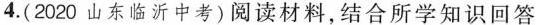
4.(2020山东临沂中考)阅读材料，结合所学知识回答